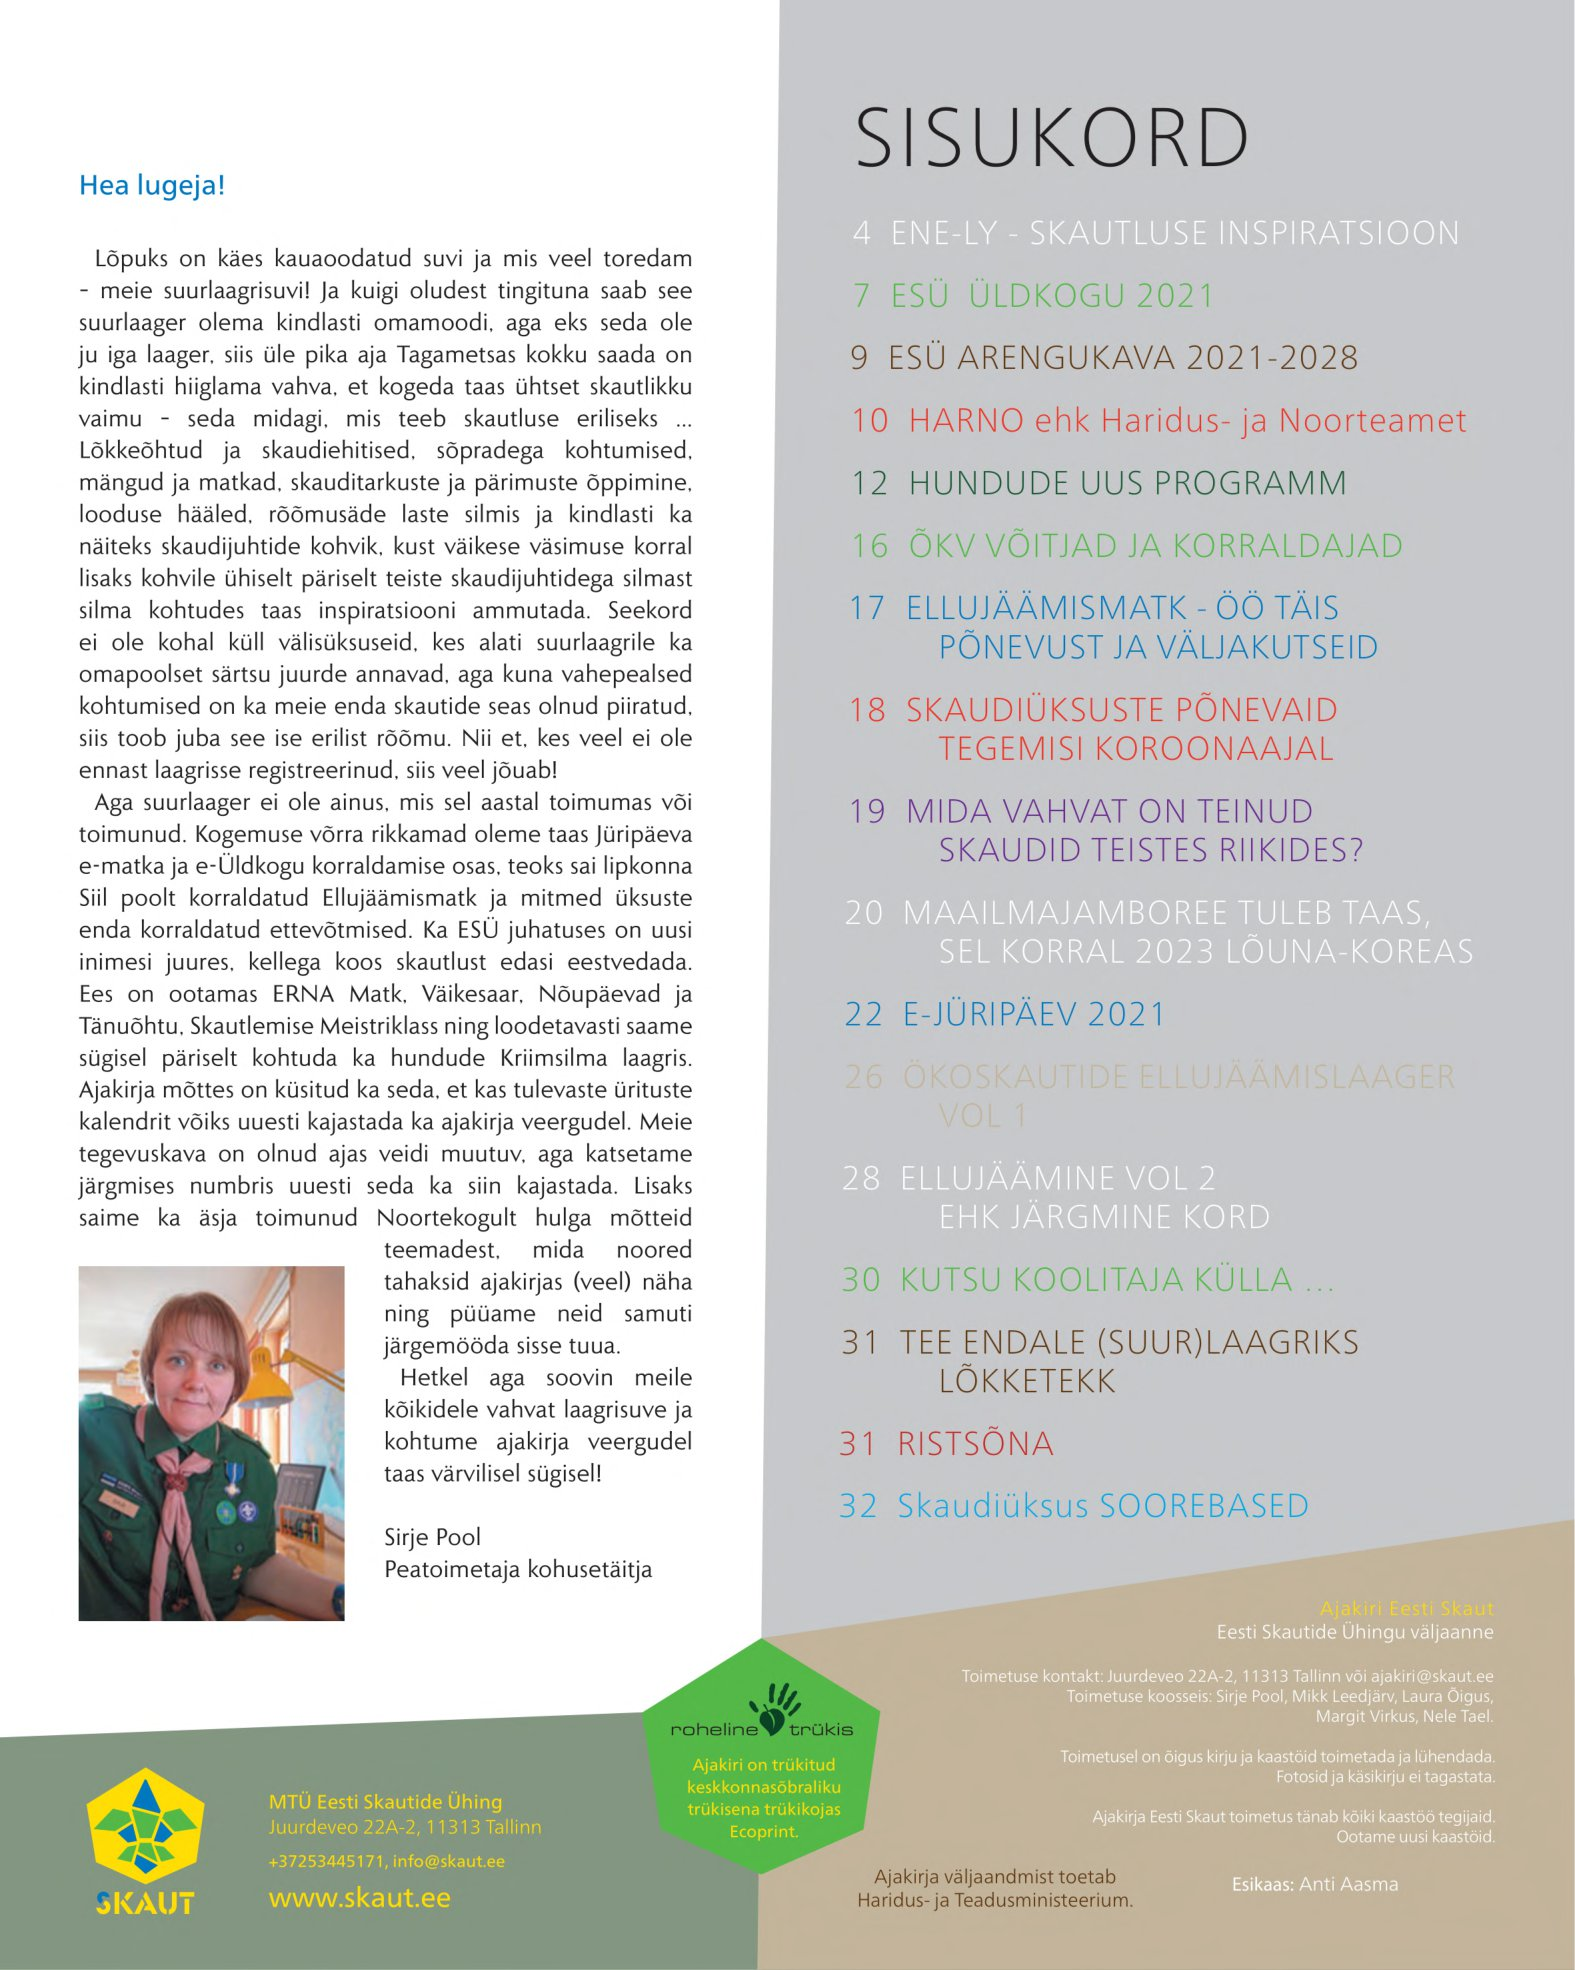
Language: et